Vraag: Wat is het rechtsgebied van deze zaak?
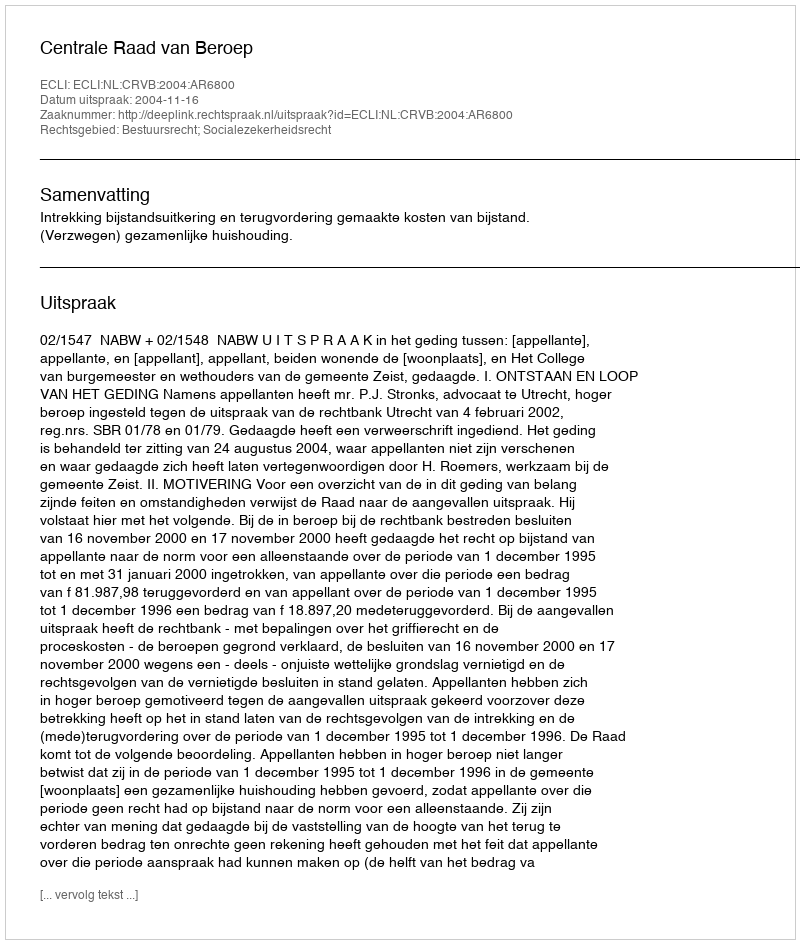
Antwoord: Bestuursrecht; Socialezekerheidsrecht